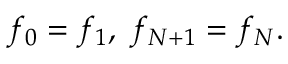
f _ { 0 } = f _ { 1 } , \; f _ { N + 1 } = f _ { N } .